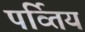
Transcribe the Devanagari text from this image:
पर्व्तिय